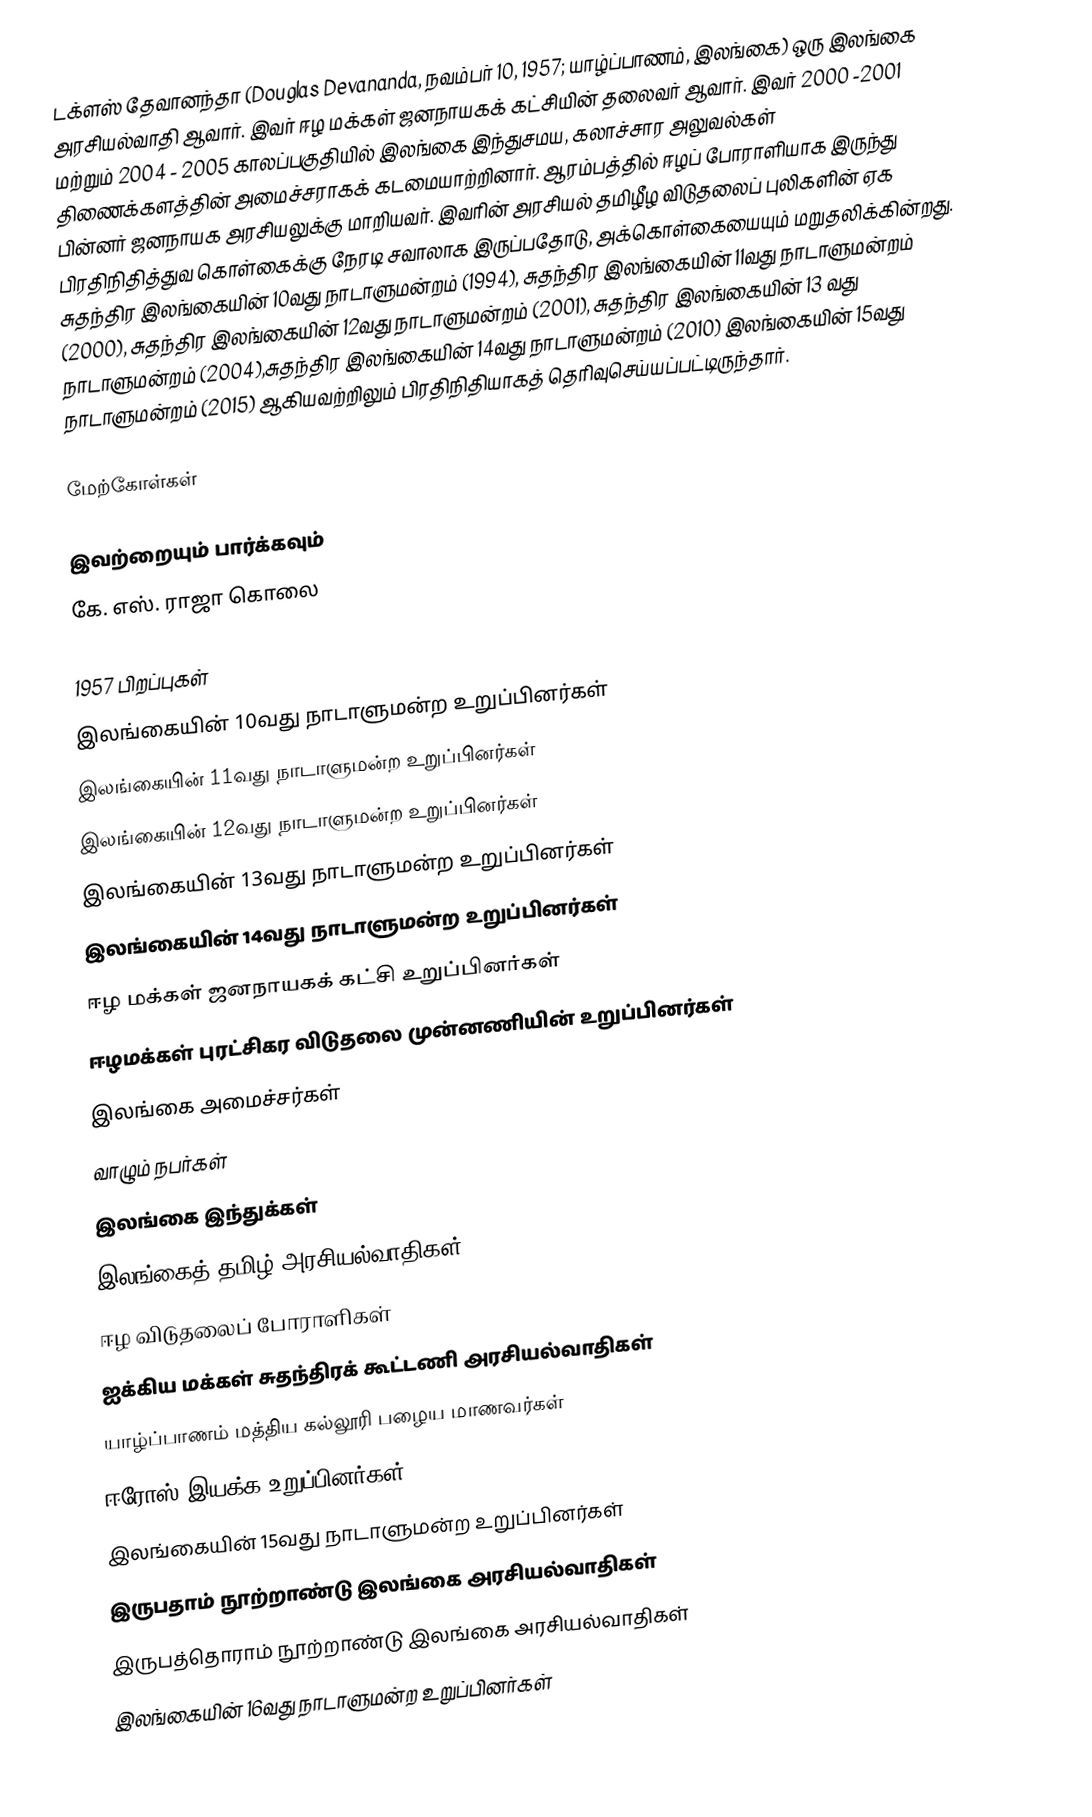
டக்ளஸ் தேவானந்தா (Douglas Devananda, நவம்பர் 10, 1957; யாழ்ப்பாணம், இலங்கை) ஒரு இலங்கை அரசியல்வாதி ஆவார். இவர் ஈழ மக்கள் ஜனநாயகக் கட்சியின் தலைவர் ஆவார். இவர் 2000 -2001 மற்றும் 2004 - 2005 காலப்பகுதியில் இலங்கை இந்துசமய, கலாச்சார அலுவல்கள் திணைக்களத்தின் அமைச்சராகக் கடமையாற்றினார். ஆரம்பத்தில் ஈழப் போராளியாக இருந்து பின்னர் ஜனநாயக அரசியலுக்கு மாறியவர். இவரின் அரசியல் தமிழீழ விடுதலைப் புலிகளின் ஏக பிரதிநிதித்துவ கொள்கைக்கு நேரடி சவாலாக இருப்பதோடு, அக்கொள்கையையும் மறுதலிக்கின்றது. சுதந்திர இலங்கையின் 10வது நாடாளுமன்றம் (1994), சுதந்திர இலங்கையின் 11வது நாடாளுமன்றம் (2000), சுதந்திர இலங்கையின் 12வது நாடாளுமன்றம் (2001), சுதந்திர இலங்கையின் 13 வது நாடாளுமன்றம் (2004),சுதந்திர இலங்கையின் 14வது நாடாளுமன்றம் (2010) இலங்கையின் 15வது நாடாளுமன்றம் (2015) ஆகியவற்றிலும் பிரதிநிதியாகத் தெரிவுசெய்யப்பட்டிருந்தார்.

மேற்கோள்கள்

இவற்றையும் பார்க்கவும்
 கே. எஸ். ராஜா கொலை

1957 பிறப்புகள்
இலங்கையின் 10வது நாடாளுமன்ற உறுப்பினர்கள்
இலங்கையின் 11வது நாடாளுமன்ற உறுப்பினர்கள்
இலங்கையின் 12வது நாடாளுமன்ற உறுப்பினர்கள்
இலங்கையின் 13வது நாடாளுமன்ற உறுப்பினர்கள்
இலங்கையின் 14வது நாடாளுமன்ற உறுப்பினர்கள்
ஈழ மக்கள் ஜனநாயகக் கட்சி உறுப்பினர்கள்
ஈழமக்கள் புரட்சிகர விடுதலை முன்னணியின் உறுப்பினர்கள்
இலங்கை அமைச்சர்கள்
வாழும் நபர்கள்
இலங்கை இந்துக்கள்
இலங்கைத் தமிழ் அரசியல்வாதிகள்
ஈழ விடுதலைப் போராளிகள்
ஐக்கிய மக்கள் சுதந்திரக் கூட்டணி அரசியல்வாதிகள்
யாழ்ப்பாணம் மத்திய கல்லூரி பழைய மாணவர்கள்
ஈரோஸ் இயக்க உறுப்பினர்கள்
இலங்கையின் 15வது நாடாளுமன்ற உறுப்பினர்கள்
இருபதாம் நூற்றாண்டு இலங்கை அரசியல்வாதிகள்
இருபத்தொராம் நூற்றாண்டு இலங்கை அரசியல்வாதிகள்
இலங்கையின் 16வது நாடாளுமன்ற உறுப்பினர்கள்